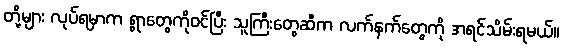
တို့များ လုပ်ရမှာက ရွာတွေကိုဝင်ပြီး သူကြီးတွေဆီက လက်နက်တွေကို အရင်သိမ်းရမယ်။